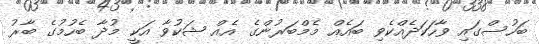
ބަހުސްގައި ވާހަކަދެއްކެވި ބައެއް މެމްބަރުންގެ އެއް ޝަކުވާ އަކީ މުދާ ބެހުމުގެ ބާރު